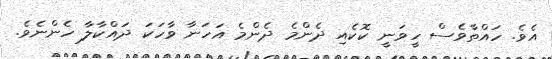
އެވެ. ހައްތާވެސް ހީވަނީ ކޮކެއި ދެންމެ ދެންމެ އަހަނާ ވާހަކަ ދައްކާލާ ހެންނެވެ.